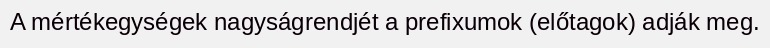
A mértékegységek nagyságrendjét a prefixumok (előtagok) adják meg.